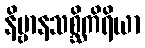
နိဗ္ဗာနသစ္ဆိကိရိယာ